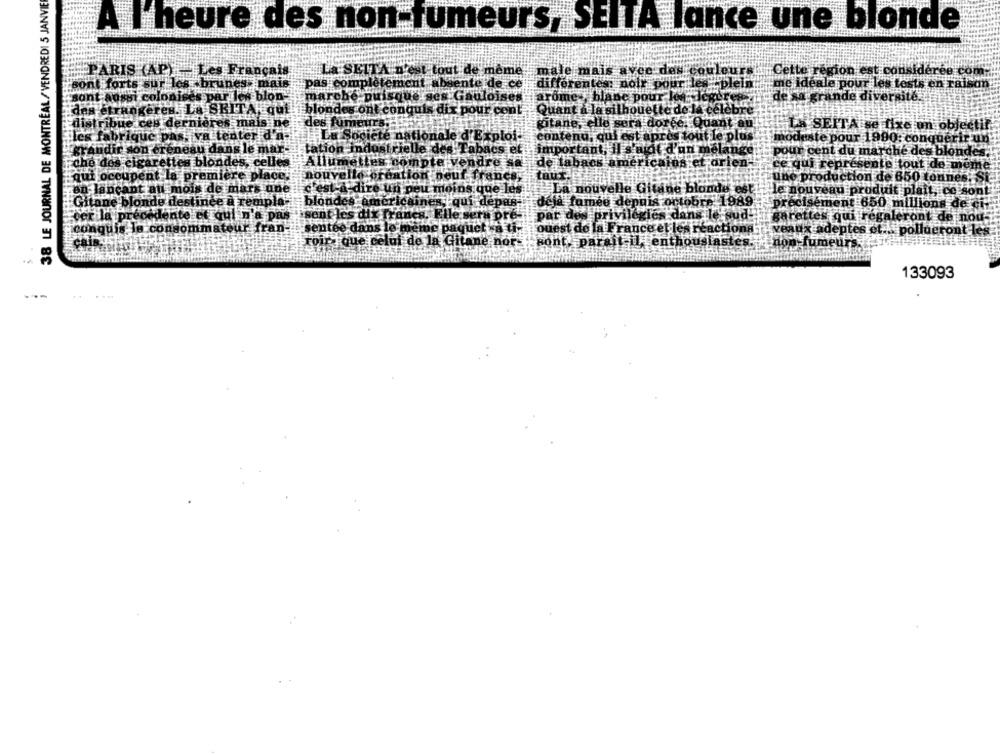
38 LE JOURNAL DE MONTREAL/VENDREDI 5 JANVIE
A l'heure des non-fumeurs, SEITA lance une blonde
PARIS (AP) - Le Francais
La SELTA n'est tout de même
male mais avec des couleurs.
Cette région est considérée com-
sont forts sur le
pas complètement absente de
Eme idéale pour les tests en raison
runes. mais
differentes: noir pour les plein
les -plein
sont aussi colonises par les blon-
marché puisque ses Gauloise
arome , blanc pour lee- Je
de sa grande diversité.
"des etrangeres. LA SRITA, qui
blondes ont conquis dix pour con
Quant a la silhouette de la celebre
distribue ces dernières mais ne des fumeurs.
des fumeurs;
gitane, elle sera doree. Quant
LA SEITA se fixe on objectif.
les fabrique pas. va tenter d'a-
Lu Societe nationale d'Exploi-
contenu, qui est après tout le plus
modeste pour 1990: conquérir un
grandir son ereneau dans le mar-
tation industrielle des Tabacs et
important, il s'agit d'un mélange
pour cent du marché des blondes
che des cigarettes blondes, celles Allumettescompte vendre s
de labacs américains et arien-"
ce qui représente tout de meme
qui occupent la première place,
nouvelle preatio
une production de 650 tonnes. S
en lancant au mois de mars une
c'est-à-dire un peu moins que les:
La nouvelle Gitane blonde est
le nouveau produit plait, ce sont
Gitane blonde destinée à remple
blondes americaines, qui depas-
déjà fumée depuis octobre 1989
precisement 650 millions de
Cer la precedente et qui n'a pas
sent les dix francs. Elle sera pr
par des privilégiés dans 16
garettes qui regaleront de nou-
conquis le consommateur fran-
sentée dans le meme paquet a un
ouest de la France et les reactions, veaux adeptes et .. pollocront les
¿veaux adeptes et ... pollueront les
roir que celui de la Gitane nor
Bont. parait il enthousiastes.
non fumeurs,
133093
---